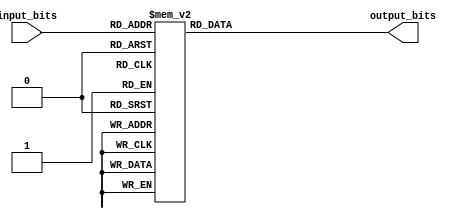
module Decoder (
    input [2:0] input_bits,
    output reg [7:0] output_bits
);

always @(*)
begin
    case(input_bits)
        3'b000: output_bits = 8'b00000001;
        3'b001: output_bits = 8'b00000010;
        3'b010: output_bits = 8'b00000100;
        3'b011: output_bits = 8'b00001000;
        3'b100: output_bits = 8'b00010000;
        3'b101: output_bits = 8'b00100000;
        3'b110: output_bits = 8'b01000000;
        3'b111: output_bits = 8'b10000000;
    endcase
end

endmodule